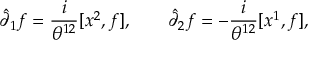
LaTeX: \hat { \partial } _ { 1 } f = { \frac { i } { \theta ^ { 1 2 } } } [ x ^ { 2 } , f ] , \qquad \hat { \partial } _ { 2 } f = - { \frac { i } { \theta ^ { 1 2 } } } [ x ^ { 1 } , f ] ,